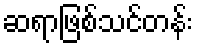
ဆရာဖြစ်သင်တန်း